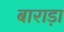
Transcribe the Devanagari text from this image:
बाराड़ा